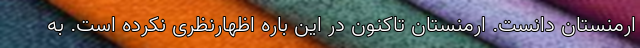
ارمنستان دانست. ارمنستان تاکنون در این باره اظهارنظری نکرده است. به